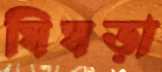
ঘিঘড়া